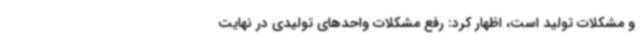
و مشکلات تولید است، اظهار کرد: رفع مشکلات واحدهای تولیدی در نهایت